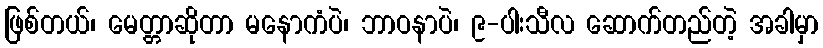
ဖြစ်တယ်၊ မေတ္တာဆိုတာ မနောကံပဲ၊ ဘာဝနာပဲ၊ ၉-ပါးသီလ ဆောက်တည်တဲ့ အခါမှာ